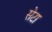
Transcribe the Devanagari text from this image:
सेटा